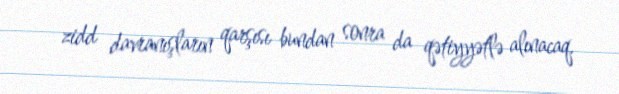
zidd davranışların qarşısı bundan sonra da qətiyyətlə alınacaq.